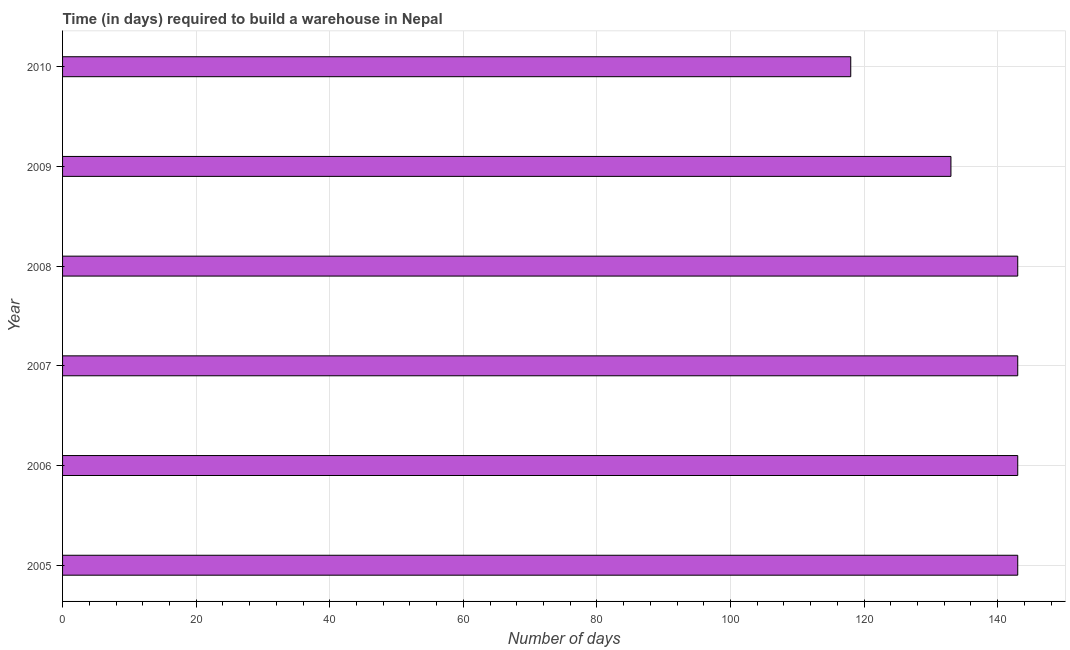
| Year | Time required to build a warehouse |
 | --- | --- |
 | 2005 | 143 |
 | 2006 | 143 |
 | 2007 | 143 |
 | 2008 | 143 |
 | 2009 | 133 |
 | 2010 | 118 |